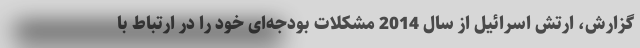
گزارش، ارتش اسرائیل از سال 2014 مشکلات بودجه‌ای خود را در ارتباط با